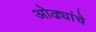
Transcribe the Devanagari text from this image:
ओढ्यांचे